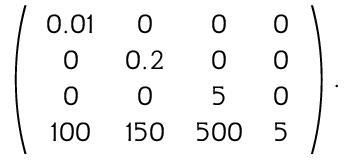
\left( \begin{array} { c c c c } { { 0 . 0 1 } } & { { 0 } } & { { 0 } } & { { 0 } } \\ { { 0 } } & { { 0 . 2 } } & { { 0 } } & { { 0 } } \\ { { 0 } } & { { 0 } } & { { 5 } } & { { 0 } } \\ { { 1 0 0 } } & { { 1 5 0 } } & { { 5 0 0 } } & { { 5 } } \end{array} \right) .